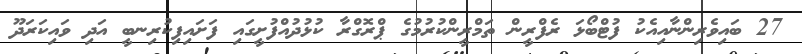
27 ބައިވެރިންނާއިއެކު ފުޓްބޯޅަ ރެފްރީން ތަމްރީންކުރުމުގެ ޕްރޮގްރާ ކުޅުދުއްފުށީގައި ފަށައިފިކުރިނބީ އަދި ވައިކަރަދޫ